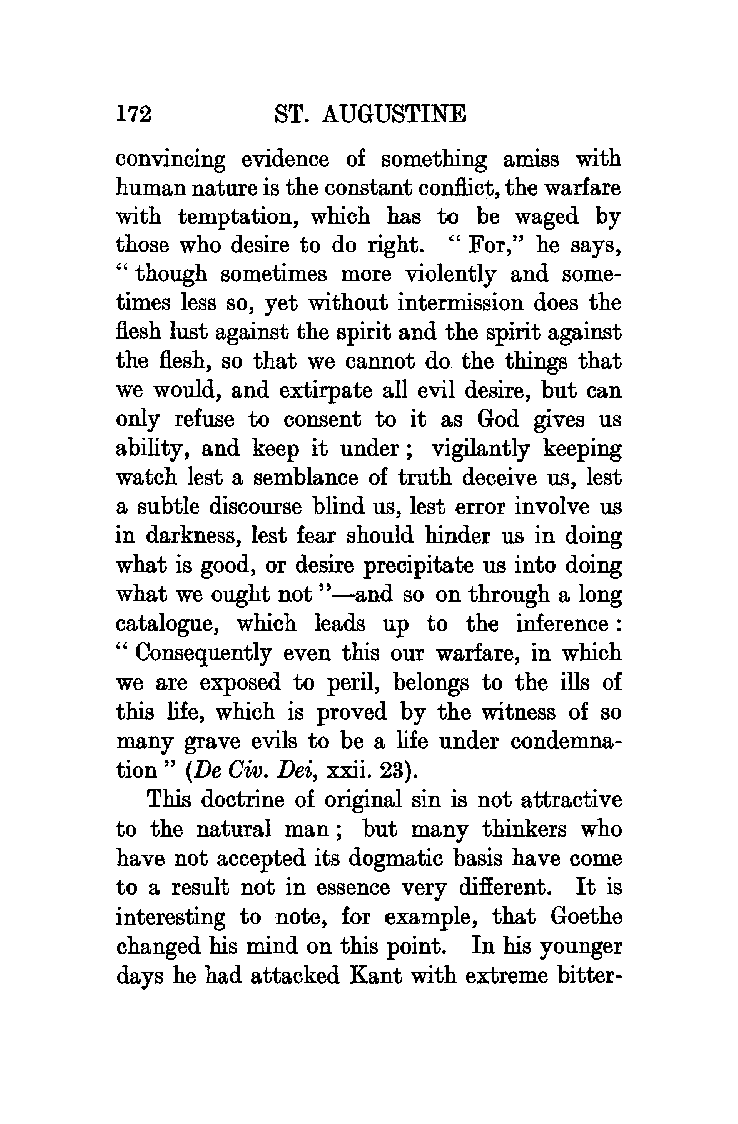
172       ST. AUGUSTINE
 convincing evidence of something amiss with
 human nature is the constant conflict, the warfare
 with temptation, which has to be waged by
 those who desire to do right. "For," he says,
 " though sometimes more violently and some
 times less so, yet without intermission does the
 flesh lust against the spirit and the spirit against
 the flesh, so that we cannot do the things that
 we would, and extirpate all evil desire, but can
 only refuse to consent to it as God gives us
 ability, and keep it under; vigilantly keeping
 watch lest a semblance of truth deceive us, lest
 a subtle discourse blind us, lest error involve us
 in darkness, lest fear should hinder us in doing
 what is good, or desire precipitate us into doing
 what we ought not ''- and so on through a long
 catalogue, which leads up to the inference :
 " Consequently even this our warfare, in which
 we are exposed to peril, belongs to the ills of
 this life, which is proved by the witness of so
 many grave evils to be a life under condemna
 tion " (De Oiv. Dei, xxii. 23).
 This doctrine of original sin is not attractive
 to the natural man ; but many thinkers who
 have not accepted its dogmatic basis have come
 to a result not in essence very different. It is
 interesting to note, for example, that Goethe
 changed his mind on this point. In his younger
 days he had attacked Kant with extreme bitter-